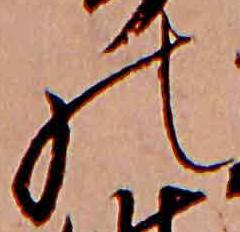
の